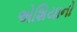
એશિયાનો